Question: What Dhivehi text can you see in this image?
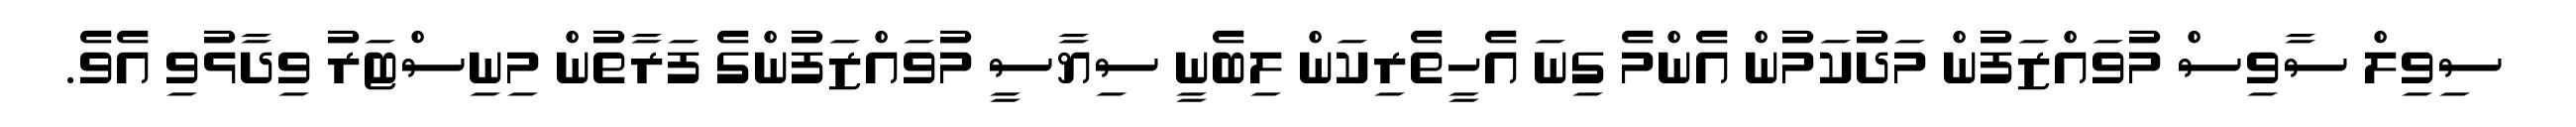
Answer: ސިވިލް ސާވިސް މުވައްޒަފުން މަދުކަމުން އެންމެ ގިނަ އެހީތެރިކަން ލިބެނީ ސިޔާސީ މުވައްޒަފުންގެ ފަރާތުން މިނިސްޓަރު ވިދާޅުވި އެވެ.